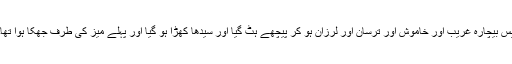
پس بیچارہ غریب اور خاموش اور ترسان اور لرزان ہو کر پیچھے ہٹ گیا اور سیدھا کھڑا ہو گیا اور پہلے میز کی طرف جھکا ہوا تھا۔